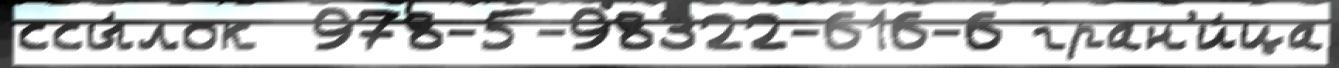
ссы́лок  978-5-98322-616-6 гран'и́ца